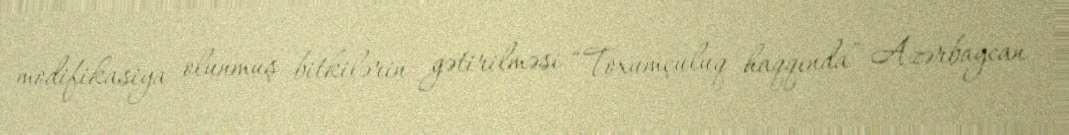
modifikasiya olunmuş bitkilərin gətirilməsi “Toxumçuluq haqqında” Azərbaycan